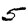
Digit: 5